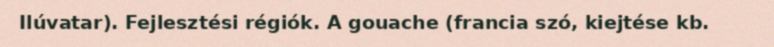
Ilúvatar). Fejlesztési régiók. A gouache (francia szó, kiejtése kb.